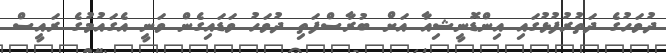
ދުވަހުގެ ދަތުރުފުޅުގައި އިންޑޮނީޝިއާ އަށް ބުރާސްފަތި ދުވަހު ވަޑައިގެން ވަނީ އެގައުމުގެ ރައީސް